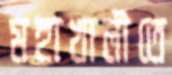
মহাখালীতে